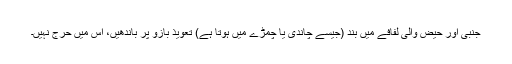
جُنبی اور حیض والی لفافے میں بند (جیسے چاندی یا چمڑے میں ہوتا ہے) تعویذ بازُو پر باندھیں، اس میں حرج نہیں۔